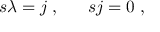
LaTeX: s \lambda = j \; , \; \; \; \; \; \; s j = 0 \; ,